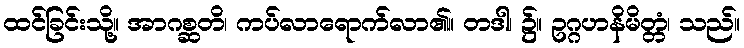
ထင်ခြင်းသို့။ အာဂစ္ဆတိ၊ ကပ်လာရောက်လာ၏။ တဒါ၊ ၌။ ဥဂ္ဂဟနိမိတ္တံ၊ သည်။